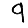
Digit: 9